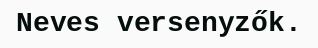
Neves versenyzők.